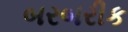
બરબરીક